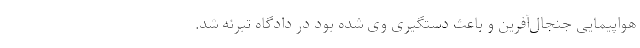
هواپیمایی جنجال‌آفرین و باعث دستگیری وی شده بود در دادگاه تبرئه شد.